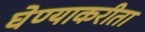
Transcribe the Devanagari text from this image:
घेण्याकरीता